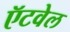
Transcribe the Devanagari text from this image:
ऍटवेल